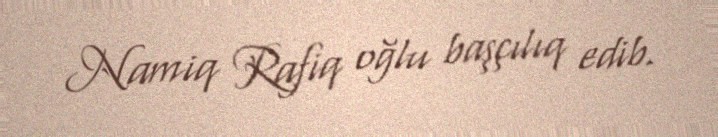
Namiq Rafiq oğlu başçılıq edib.